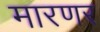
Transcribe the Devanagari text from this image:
मारणर